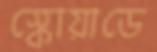
স্কোয়াডে